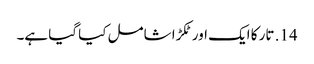
14. تار کا ایک اور ٹکڑا شامل کیا گیا ہے۔